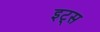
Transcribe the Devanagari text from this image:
इट्‍स